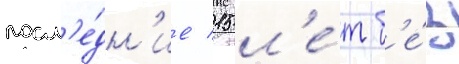
посл'е́дн'ие 15 л'е́т б'е́з